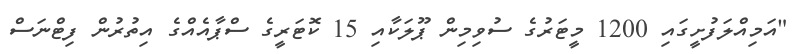
"އަމިއްލަފުށީގައި 1200 މީޓަރުގެ ސުވިމިން ޕޫލަކާއި 15 ކޮޓަރީގެ ސްޕާއެއްގެ އިތުރުން ފިޓްނަސް